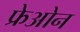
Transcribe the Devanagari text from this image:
फ्रेओन